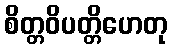
စိတ္တဝိပတ္တိဟေတု